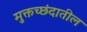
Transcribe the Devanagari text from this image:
मुक्तच्छंदातील